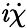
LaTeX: \mathit{i}\dot{{\chi}}